Source: Handwritten
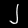
Digit: ၂ (2)